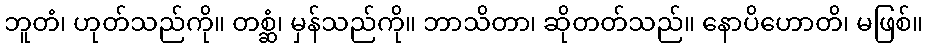
ဘူတံ၊ ဟုတ်သည်ကို။ တစ္ဆံ၊ မှန်သည်ကို။ ဘာသိတာ၊ ဆိုတတ်သည်။ နောပိဟောတိ၊ မဖြစ်။